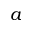
a